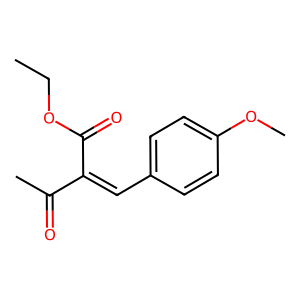
SMILES: CCOC(=O)C(=Cc1ccc(OC)cc1)C(C)=O
Inhibits HIV replication: No